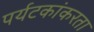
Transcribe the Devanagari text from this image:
पर्यटकांकरता